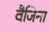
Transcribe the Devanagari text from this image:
वैजिना